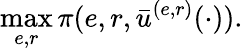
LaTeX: \operatorname*{max}_{e,r}\pi(e,r,\bar{u}^{(e,r)}(\cdot)).